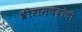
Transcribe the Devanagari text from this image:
श्रीरामचंद्रांची